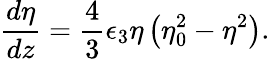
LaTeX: \frac{d\eta}{dz}=\frac{4}{3}\epsilon_{3}\eta\left(\eta_{0}^{2}-\eta^{2}\right).